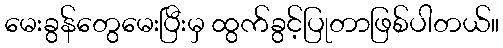
မေးခွန်တွေမေးပြီးမှ ထွက်ခွင့်ပြုတာဖြစ်ပါတယ်။